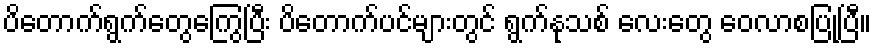
ပိတောက်ရွက်တွေကြွေပြီး ပိတောက်ပင်များတွင် ရွက်နုသစ် လေးတွေ ဝေလာစပြုပြီ။